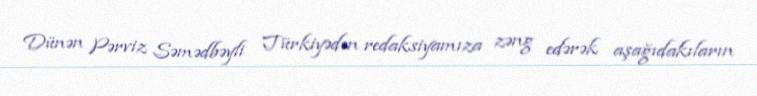
Dünən Pərviz Səmədbəyli Türkiyədən redaksiyamıza zəng edərək aşağıdakıların